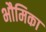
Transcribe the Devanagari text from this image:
भौमिका